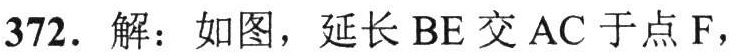
372. 解：如图，延长 \(BE\) 交 \(AC\) 于点 \(F\)，